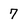
Character: 7